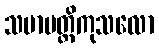
သမာပတ္တိကုသလော